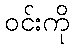
ဝင်းကို